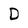
Character: D